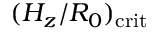
( H _ { z } / R _ { 0 } ) _ { \mathrm { c r i t } }